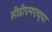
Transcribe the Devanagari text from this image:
सीडीएमएच्या